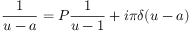
\frac { 1 } { u - a } = P \frac { 1 } { u - 1 } + i \pi \delta ( u - a )